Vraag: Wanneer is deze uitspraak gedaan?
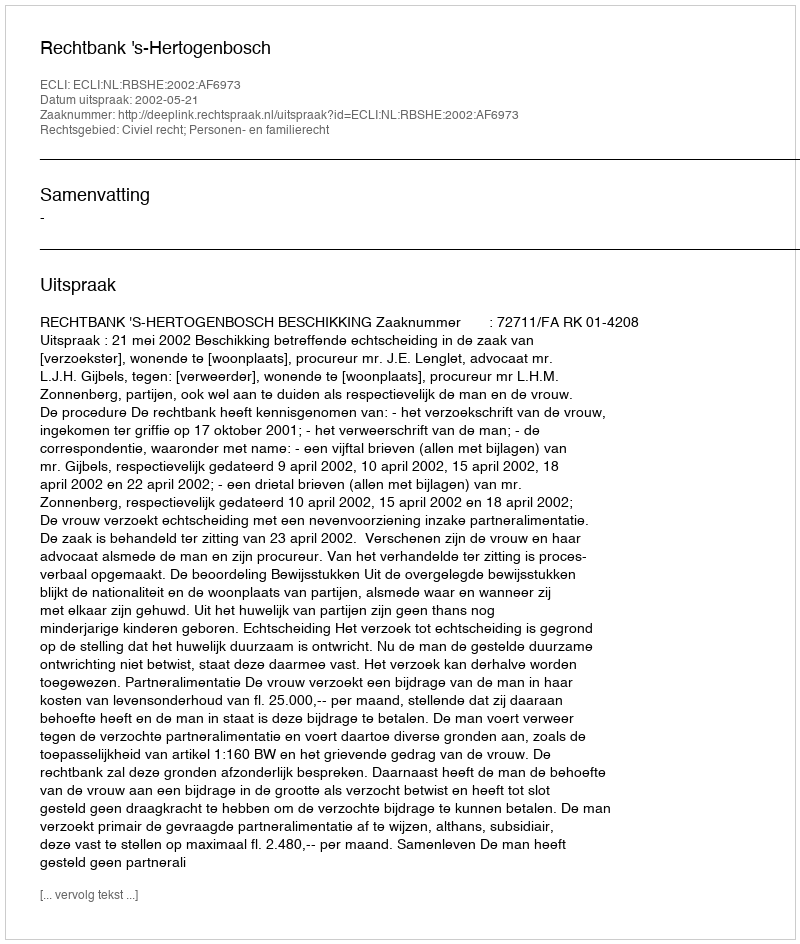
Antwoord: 2002-05-21